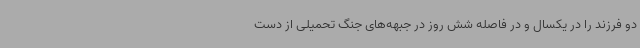
دو فرزند را در یکسال و در فاصله شش روز در جبهه‌های جنگ تحمیلی از دست